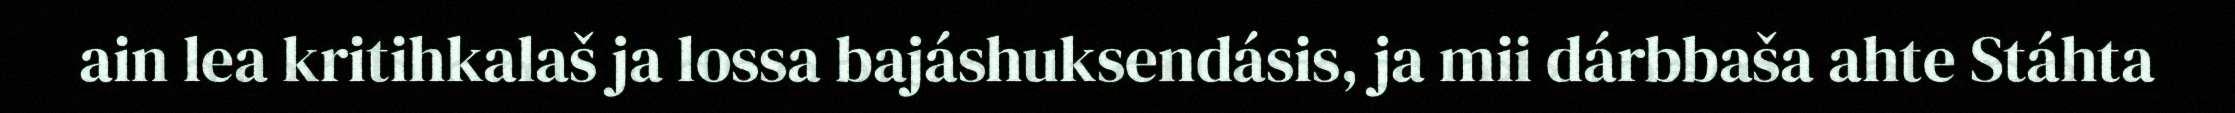
ain lea kritihkalaš ja lossa bajáshuksendásis, ja mii dárbbaša ahte Stáhta